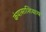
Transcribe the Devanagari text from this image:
कंपासाशिवाय